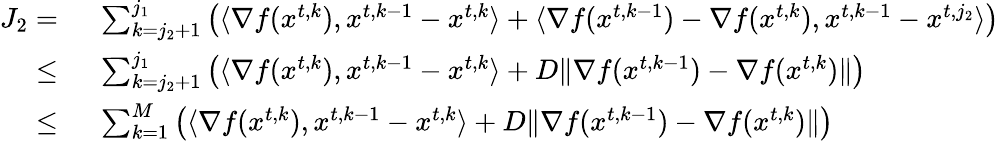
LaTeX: \begin{array}{rl}{J_{2}=\ }&{\sum_{k=j_{2}+1}^{j_{1}}\left(\langle\nabla f({x}^{t,k}),{x}^{t,k-1}-{x}^{t,k}\rangle+\langle\nabla f({x}^{t,k-1})-\nabla f({x}^{t,k}),{x}^{t,k-1}-{x}^{t,j_{2}}\rangle\right)}\\ {\le\ }&{\sum_{k=j_{2}+1}^{j_{1}}\left(\langle\nabla f({x}^{t,k}),{x}^{t,k-1}-{x}^{t,k}\rangle+D\| \nabla f({x}^{t,k-1})-\nabla f({x}^{t,k})\| \right)}\\ {\le\ }&{\sum_{k=1}^{M}\left(\langle\nabla f({x}^{t,k}),{x}^{t,k-1}-{x}^{t,k}\rangle+D\| \nabla f({x}^{t,k-1})-\nabla f({x}^{t,k})\| \right)}\end{array}